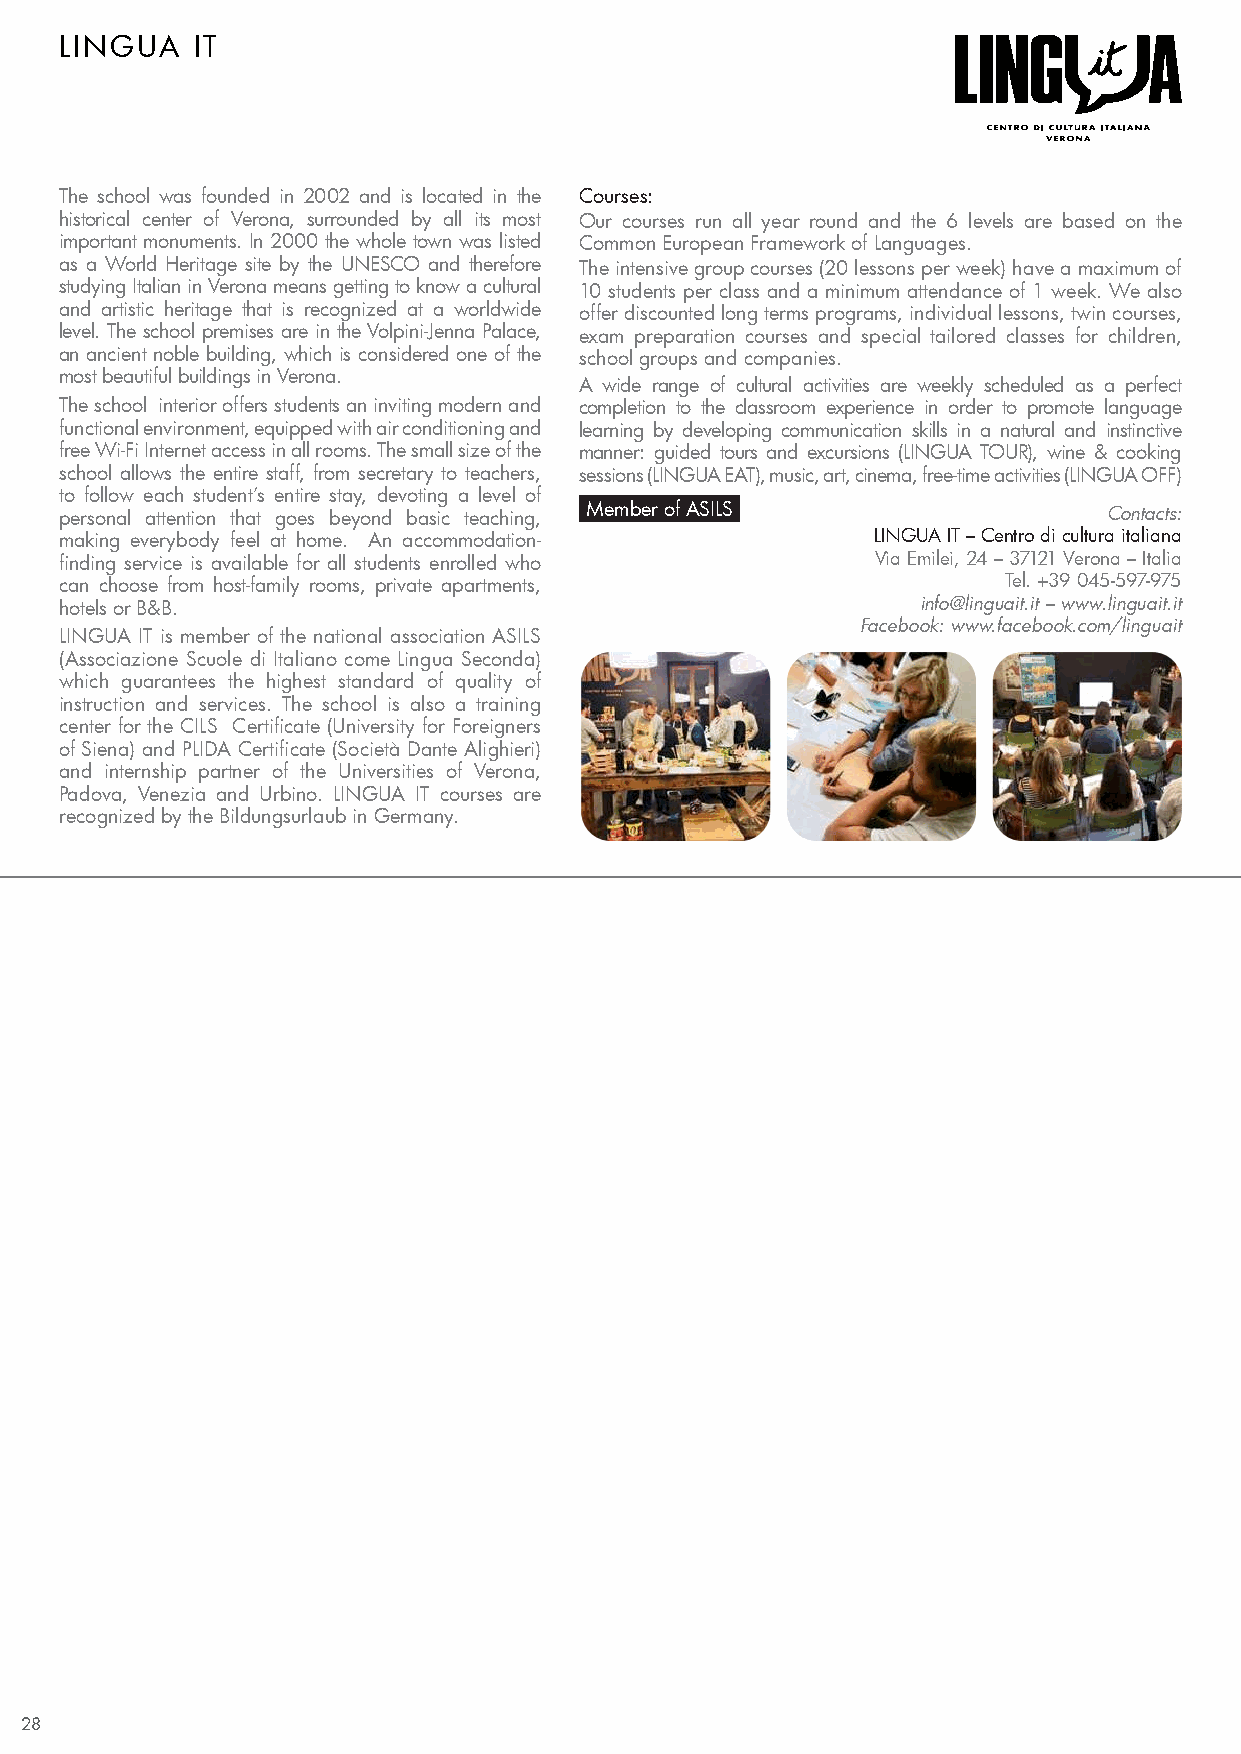
LINGUA   IT
 The school was founded in 2002 and is located in the Courses:
 historical center of Verona, surrounded by all its most Our courses run all year round and the 6 levels are based on the
 important monuments. In 2000 the whole town was listed Common European Framework of Languages.
 as a World Heritage site by the UNESCO and therefore The intensive group courses (20 lessons per week) have a maximum of
 studying Italian in Verona means getting to know a cultural 10 students per class and a minimum attendance of 1 week. We also
 and artistic heritage that is recognized at a worldwide offer discounted long terms programs, individual lessons, twin courses,
 level. The school premises are in the Volpini-Jenna Palace, exam preparation courses and special tailored classes for children,
 an ancient noble building, which is considered one of the school groups and companies.
 most beautiful buildings in Verona.
 A wide range of cultural activities are weekly scheduled as a perfect
 The school interior offers students an inviting modern and completion to the classroom experience in order to promote language
 functional environment, equipped with air conditioning and learning by developing communication skills in a natural and instinctive
 free Wi-Fi Internet access in all rooms. The small size of the manner: guided tours and excursions (LINGUA TOUR), wine & cooking
 school allows the entire staff, from secretary to teachers, sessions (LINGUA EAT), music, art, cinema, free-time activities (LINGUA OFF)
 to follow each student’s entire stay, devoting a level of
 personal attention that goes beyond basic teaching, Member of ASILS  Contacts:
 making everybody feel at home. An accommodation-      LINGUA IT – Centro di cultura italiana
 finding service is available for all students enrolled who Via Emilei, 24 – 37121 Verona – Italia
 can choose from host-family rooms, private apartments,        Tel. +39 045-597-975
 hotels or B&B.                                           info@linguait.it – www.linguait.it
 Facebook: www.facebook.com/linguait
 LINGUA IT is member of the national association ASILS
 (Associazione Scuole di Italiano come Lingua Seconda)
 which guarantees the highest standard of quality of
 instruction and services. The school is also a training
 center for the CILS Certificate (University for Foreigners
 of Siena) and PLIDA Certificate (Società Dante Alighieri)
 and internship partner of the Universities of Verona,
 Padova, Venezia and Urbino. LINGUA IT courses are
 recognized by the Bildungsurlaub in Germany.
 28